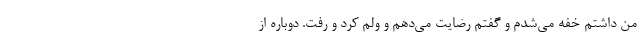
من داشتم خفه می‌شدم و گفتم رضایت می‌دهم و ولم کرد و رفت. دوباره از